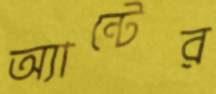
অ্যান্টের